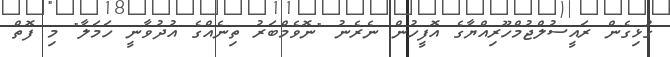
ގުޅިގެން ރައީސުލްޖުމްހޫރިއްޔާގެ އޮފީހުން ނެރެނު "ނޮވެމްބަރު ތިނެއްގެ އުދުވާނީ ހަމަލާ" މި ފޮތް